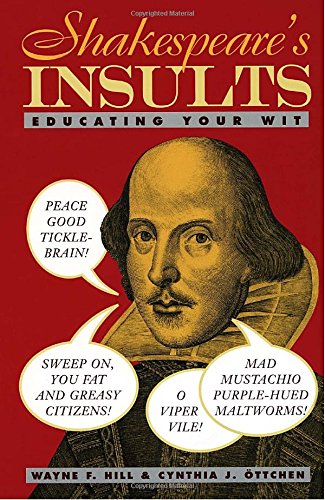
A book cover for Shakespeare's Insults: Educating Your Wit; Wayne F. Hill; Reference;